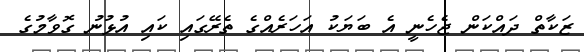
ޒަކާތް ދައްކަން ޖެހެނީ އެ ބަޔަކު އަހަރެއްގެ ތެރޭގައި ކައި އުޅުނު ގޮވާމުގެ